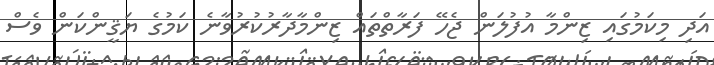
އަދި މިކަމުގައި ޒިންމާ އުފުލަން ޖެހޭ ފަރާތްތައް ޒިންމާދާރުކުރުވާނެ ކަމުގެ ޔަޤީންކަން ވެސް